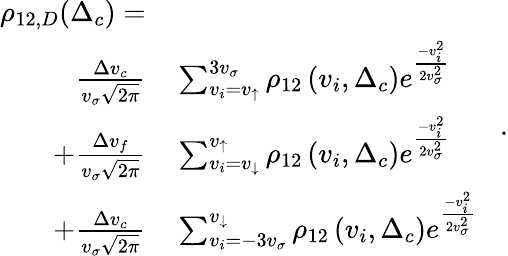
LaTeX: \begin{array}{rl}{\rho_{12,D}(\Delta_{c})=}&{{}}\\ {~\frac{\Delta v_{c}}{v_{\sigma}\sqrt{2\pi}}}&{{}\sum_{v_{i}=v_{\uparrow}}^{3v_{\sigma}}\rho_{12}\left(v_{i},\Delta_{c}\right)e^{\frac{-v_{i}^{2}}{2v_{\sigma}^{2}}}}\\ {+\frac{\Delta v_{f}}{v_{\sigma}\sqrt{2\pi}}}&{{}\sum_{v_{i}=v_{\downarrow}}^{v_{\uparrow}}\rho_{12}\left(v_{i},\Delta_{c}\right)e^{\frac{-v_{i}^{2}}{2v_{\sigma}^{2}}}}\\ {+\frac{\Delta v_{c}}{v_{\sigma}\sqrt{2\pi}}}&{{}\sum_{v_{i}=-3v_{\sigma}}^{v_{\downarrow}}\rho_{12}\left(v_{i},\Delta_{c}\right)e^{\frac{-v_{i}^{2}}{2v_{\sigma}^{2}}}}\end{array}\, \, \, \, \, .